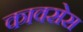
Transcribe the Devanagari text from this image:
कावसेस